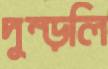
দুম্‌ড়লি